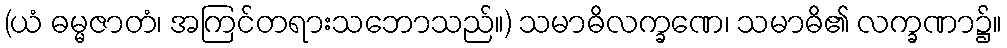
(ယံ ဓမ္မဇာတံ၊ အကြင်တရားသဘောသည်။) သမာဓိလက္ခဏေ၊ သမာဓိ၏ လက္ခဏာ၌။